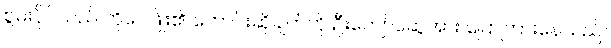
စွမ်းပိုင်သည် ကိုဝေဖြိုး၏ တောင်းဆိုချက်ကို ဦးကျော်ဆွေအား ပြောကြားနေသည်။